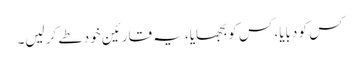
کس کو دبایا، کس کو بجھایا، یہ قارئین خود طے کرلیں۔